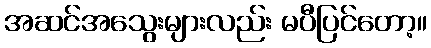
အဆင်အသွေးများလည်း မပီပြင်တော့။